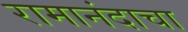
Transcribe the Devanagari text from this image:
रामानंदाचा